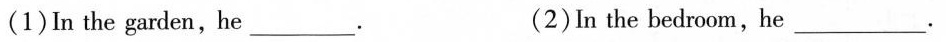
（1） In the garden，he___. （2）In the bedroom，he___.